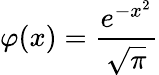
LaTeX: \varphi(x)={\frac{e^{-x^{2}}}{\sqrt{\pi}}}